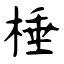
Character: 棰